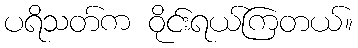
ပရိသတ်က ဝိုင်းရယ်ကြတယ်။